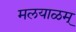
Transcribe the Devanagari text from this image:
मलयाळम्